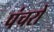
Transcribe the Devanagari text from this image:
पंचरों